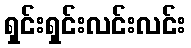
ရှင်းရှင်းလင်းလင်း